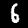
Digit: 6